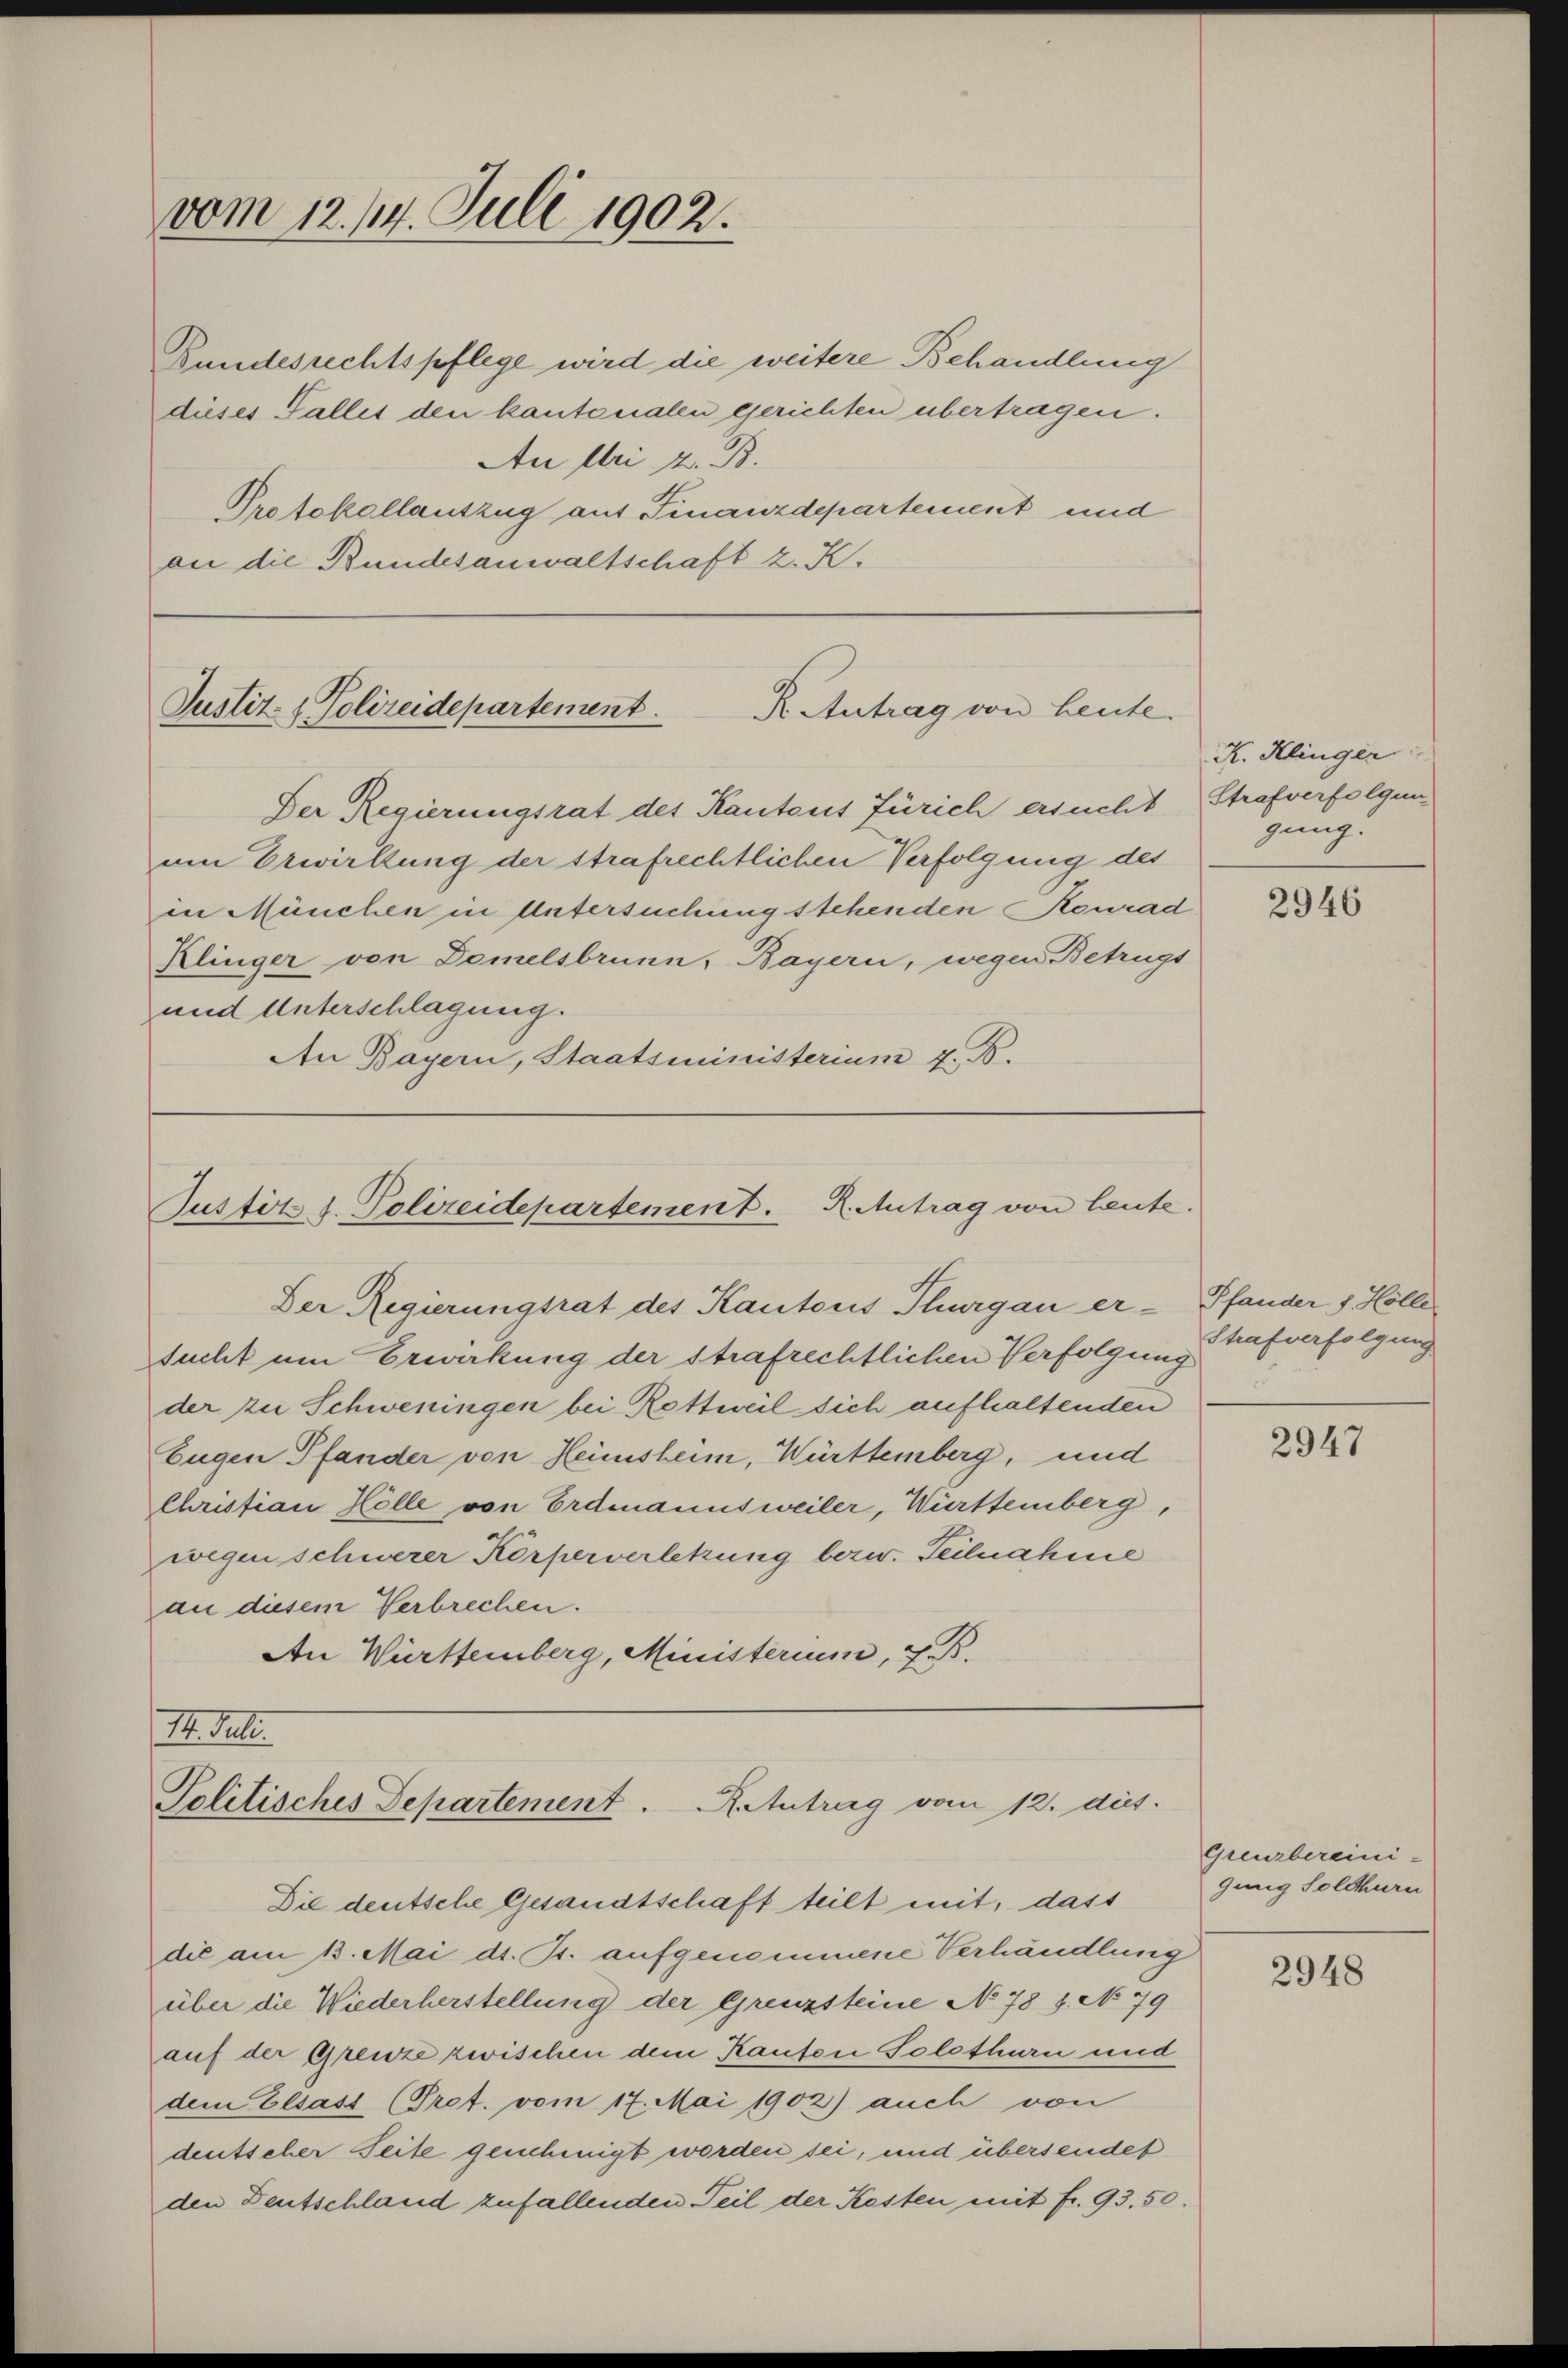
vom 12. 114. Juli 1902.

Bundesrechtspflege wird die weitere Behandlung
dieses Falles den kantonalen gerichten übertragen.
An Uri z. B.
Protokollauszug auf Finanzdepartement und
an die Bundesanwaltschaft z. K.

Justiz- & Polizeidepartement.
K. Antrag von heute.

Justitz d. Polizeidepartement. Reutrag von Leute.
Der Regierungsrat des Kantons Thurgau er-

Der Regierungsrat des Kantons Zürich ersucht
um Erwirkung der strafrechtlichen Verfolgung des
in München in Untersuchung stehenden Konrad
Klinger von Demelsbrunn, Bayern, wegen Betrugs
und Unterschlagung.
An Bayern, Staatsministerium z. B.

sucht um Erwirkung der strafrechtlichen Verfolgung
der zu Schweningen bei Rettweil sich aufhaltenden
Eugen Pfander von Heimsheim, Württemberg, und
Christian Hölle von Erdmannsweiler, Württemberg,
wegen schwerer Körperverletzung bezw. Teilnahme
an diesem Verbrechen.
An Württemberg, Ministerium, z. B.

I. Selte.
Politisches Departement. Reutrag vom 12. dies.

Die deutsche Gesandtschaft teilt mit, dass
die am 13. Mai d. J. aufgenommene Verhandlung
über die Wiederherstellung der Grenzsteine No 78 f. No 79
auf der Grenze zwischen dem Kaufen Solothurn und
dem Elsass (Pret. vom 17. Mai 1902) auch von
deutscher Seite genehmigt worden sei, und übersendet
den Deutschland zufallenden Teil der Kosten mit fr. 93. 50.

K. Klinger
Strafverfolgung
gung.

2946

Pfander J. Holle.
Strafverfolgung

2947

Grenzbereini-
gung Solthurn

2948